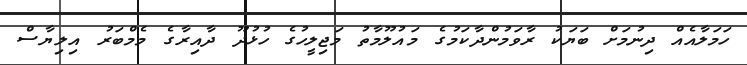
ހަމަލާއެއް ދިނުމަށް ބަޔަކު ރާވަމުންދާކަމުގެ މައުލޫމާތު މަޖިލީހުގެ ހުޅުދޫ ދާއިރާގެ މެމްބަރު އިލިޔާސް